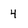
Character: 4